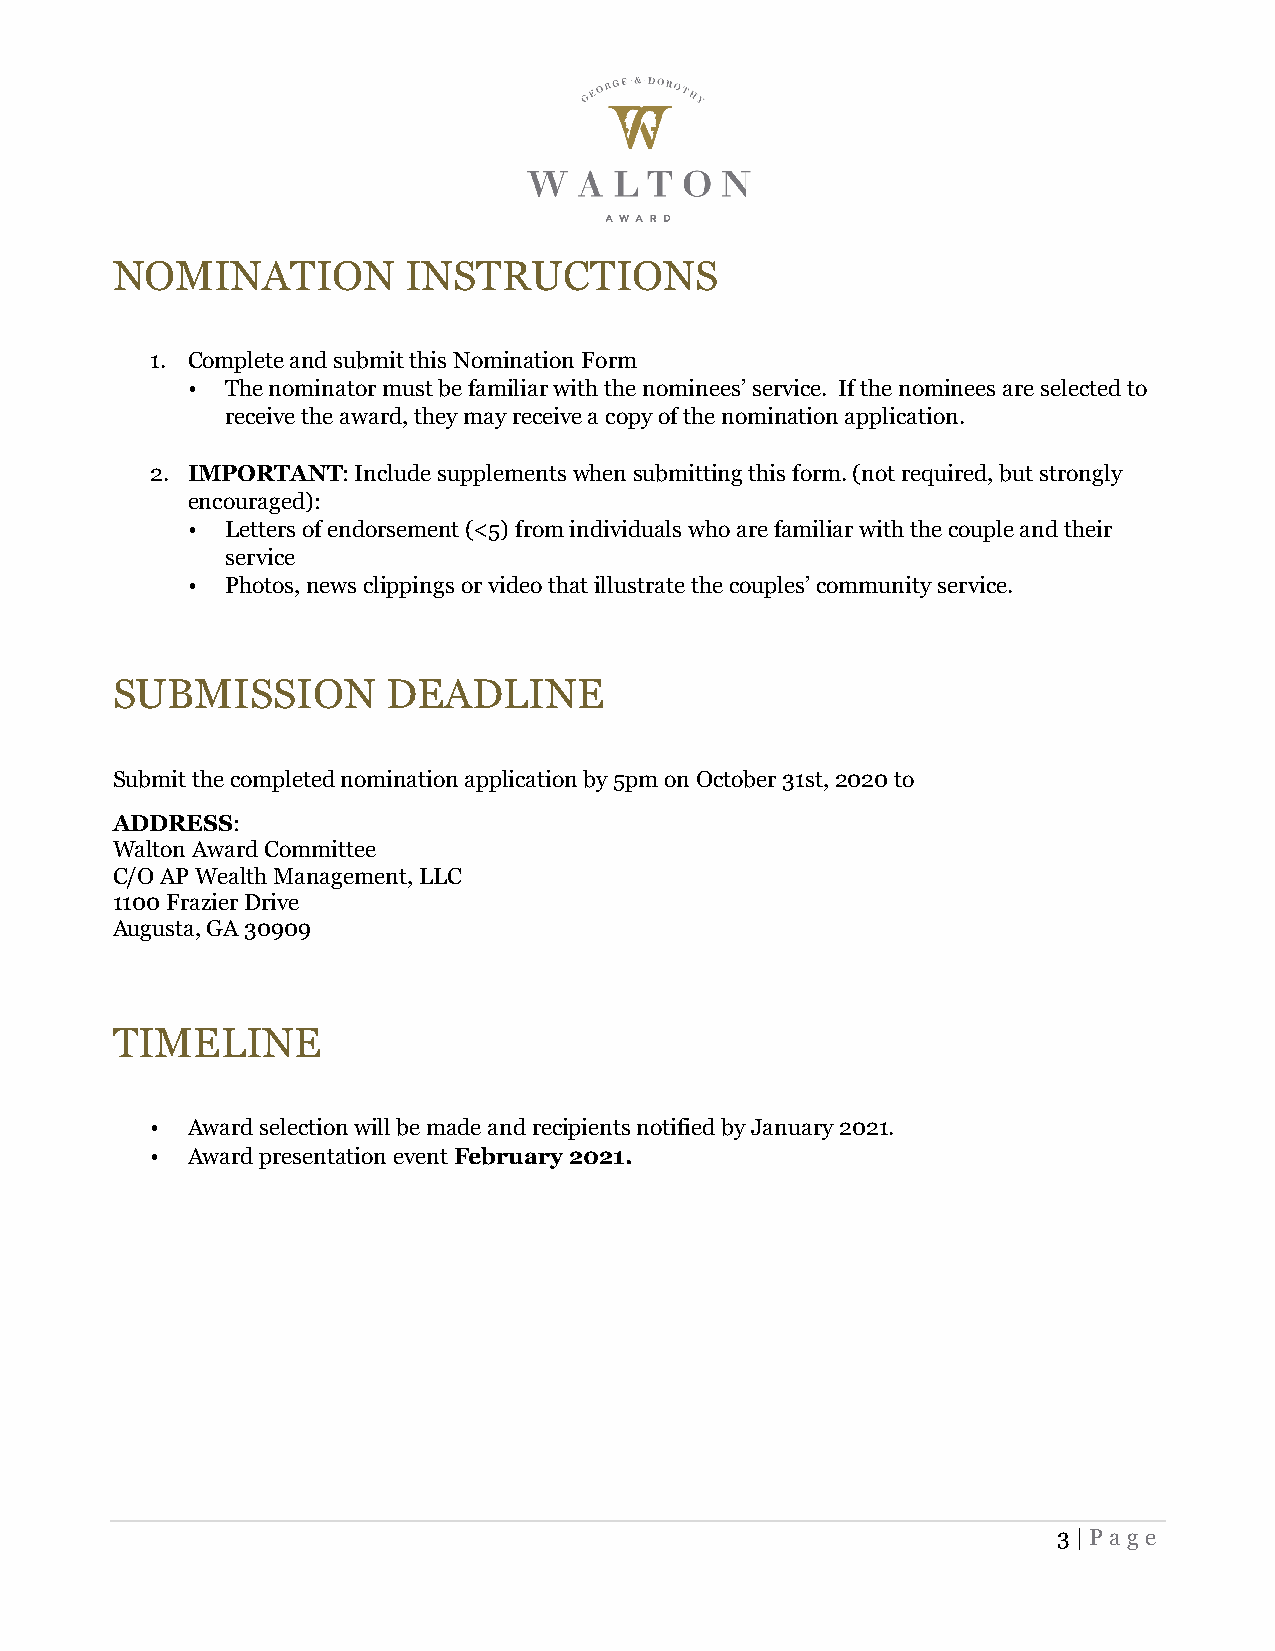
NOMINATION          INSTRUCTIONS
 1. Complete and submit this Nomination Form
 •  The nominator must be familiar with the nominees’ service. If the nominees are selected to
 receive the award, they may receive a copy of the nomination application.
 2. IMPORTANT: Include supplements when submitting this form. (not required, but strongly
 encouraged):
 •  Letters of endorsement (<5) from individuals who are familiar with the couple and their
 service
 •  Photos, news clippings or video that illustrate the couples’ community service.
 SUBMISSION         DEADLINE
 Submit the completed nomination application by 5pm on October 31st, 2020 to
 ADDRESS:
 Walton Award Committee
 C/O AP Wealth Management, LLC
 1100 Frazier Drive
 Augusta, GA 30909
 TIMELINE
 • Award selection will be made and recipients notified by January 2021.
 • Award presentation event February 2021.
 3 | Page